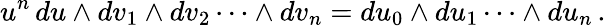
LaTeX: u^{n}\, du\wedge dv_{1}\wedge dv_{2}\cdots\wedge dv_{n}=du_{0}\wedge du_{1}\cdots\wedge du_{n}\, .